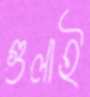
গুলাই